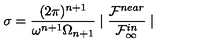
\sigma = \frac { ( 2 \pi ) ^ { n + 1 } } { \omega ^ { n + 1 } \Omega _ { n + 1 } } \mid \frac { { \cal F } ^ { n e a r } } { { \cal F } _ { \infty } ^ { i n } } \mid